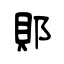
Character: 郥